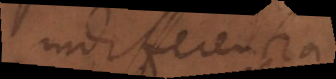
indifferent